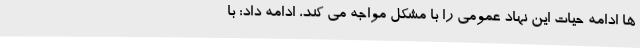
ها ادامه حیات این نهاد عمومی را با مشکل مواجه می کند، ادامه داد: با